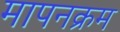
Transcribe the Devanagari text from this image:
मापनक्रम